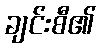
ချင်းစီ၏